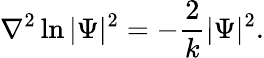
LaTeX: \nabla^{2}\ln|\Psi|^{2}=-\frac{2}{k}|\Psi|^{2}.